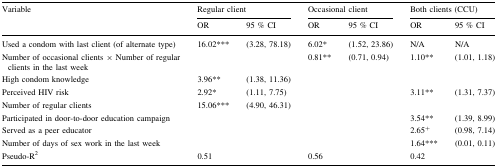
| <ROWSPAN=2> Variable | <COLSPAN=2> Regular client | <COLSPAN=2> Occasional client | <COLSPAN=2> Both clients (CCU) |
 | OR | 95 % CI | OR | 95 % CI | OR | 95 % CI |
 | --- | --- | --- | --- | --- | --- | --- |
 | Used a condom with last client (of alternate type) | 16.02*** | (3.28, 78.18) | 6.02* | (1.52, 23.86) | N/A | N/A |
 | Number of occasional clients × Number of regular clients in the last week |  |  | 0.81** | (0.71, 0.94) | 1.10** | (1.01, 1.18) |
 | High condom knowledge | 3.96** | (1.38, 11.36) |  |  |  |  |
 | Perceived HIV risk | 2.92* | (1.11, 7.75) |  |  | 3.11** | (1.31, 7.37) |
 | Number of regular clients | 15.06*** | (4.90, 46.31) |  |  |  |  |
 | Participated in door-to-door education campaign |  |  |  |  | 3.54** | (1.39, 8.99) |
 | Served as a peer educator |  |  |  |  | 2.65+ | (0.98, 7.14) |
 | Number of days of sex work in the last week |  |  |  |  | 1.64*** | (0.01, 0.11) |
 | Pseudo-R2 | 0.51 |  | 0.56 |  | 0.42 |  |